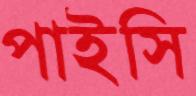
পাইসি